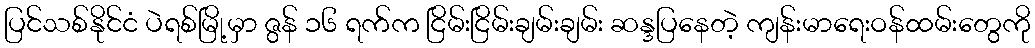
ပြင်သစ်နိုင်ငံ ပဲရစ်မြို့မှာ ဇွန် ၁၆ ရက်က ငြိမ်းငြိမ်းချမ်းချမ်း ဆန္ဒပြနေတဲ့ ကျန်းမာရေးဝန်ထမ်းတွေကို